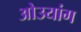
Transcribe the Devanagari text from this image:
ओउयांग